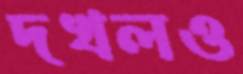
দখলও